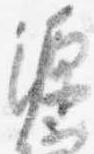
源